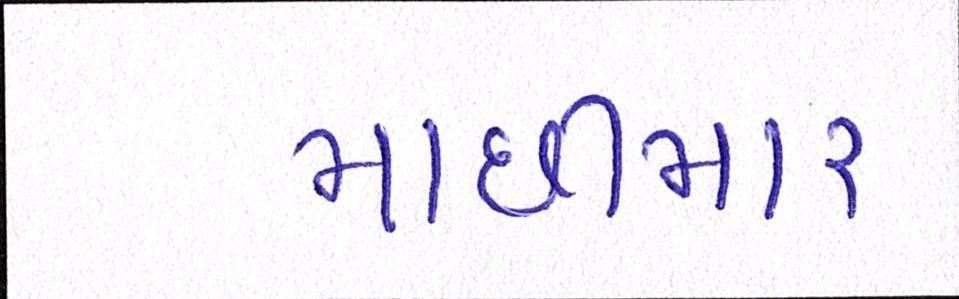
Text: માછીમાર